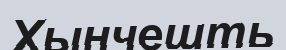
Хынчешть